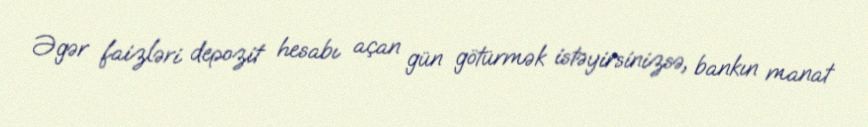
Əgər faizləri depozit hesabı açan gün götürmək istəyirsinizsə, bankın manat